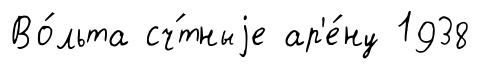
Во́льта сч́тныjе ар'е́ну 1938